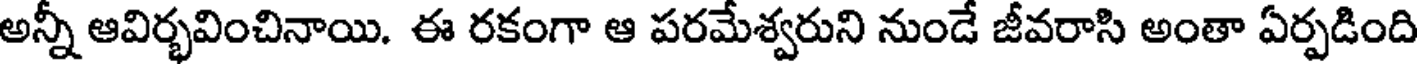
అన్నీ ఆవిర్భవించినాయి. ఈ రకంగా ఆ పరమేశ్వరుని నుండే జీవరాసి అంతా ఏర్పడింది